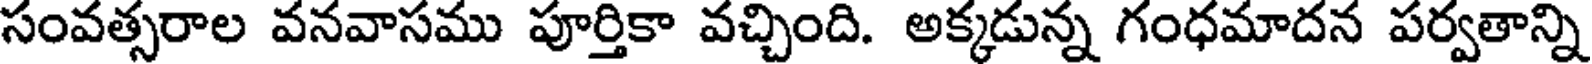
సంవత్సరాల వనవాసము పూర్తికా వచ్చింది. అక్కడున్న గంధమాదన పర్వతాన్ని